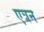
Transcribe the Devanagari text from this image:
एत्रन